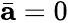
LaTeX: \bar{\mathbf{a}}=0